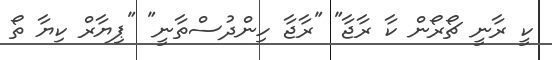
ކީ ރާނީ ޗޯރޯން ކާ ރާޖާ" "ރާޖާ ހިންދުސްތާނީ" "ޕިޔާރް ކިޔާ ތޯ